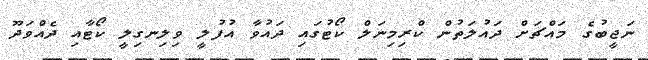
ނަޖީބުގެ މައްޗަށް ދައުލަތުން ކްރިމިނަލް ކޯޓުގައި ދައުވާ އުފުލީ ވިލިނގިލީ ކޯޓާއި ދެއްވަދޫ